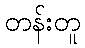
တန်းတူ